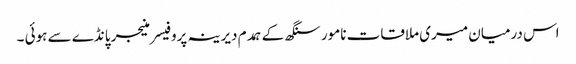
اس درمیان میری ملاقات نامور سنگھ کے ہمدم دیرینہ پروفیسر منیجر پانڈے سے ہوئی ۔